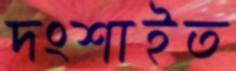
দংশাইত